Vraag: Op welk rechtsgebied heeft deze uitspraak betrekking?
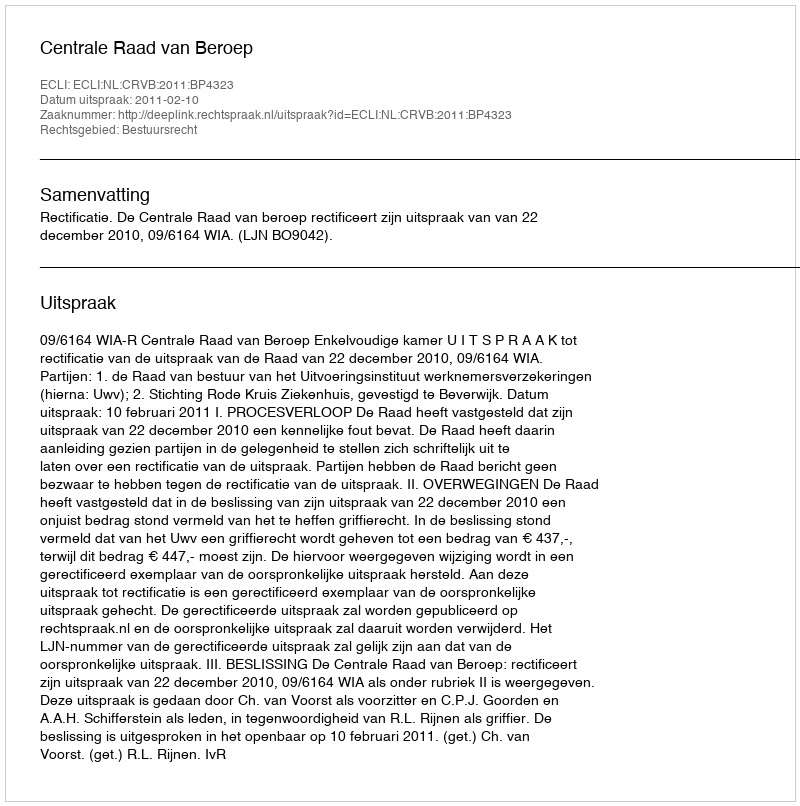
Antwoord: Bestuursrecht